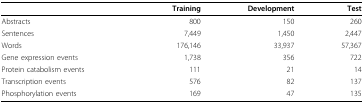
<table><thead><tr><td></td><td><b>Training</b></td><td><b>Development</b></td><td><b>Test</b></td></tr></thead><tbody><tr><td>Abstracts</td><td>800</td><td>150</td><td>260</td></tr><tr><td>Sentences</td><td>7,449</td><td>1,450</td><td>2,447</td></tr><tr><td>Words</td><td>176,146</td><td>33,937</td><td>57,367</td></tr><tr><td>Gene expression events</td><td>1,738</td><td>356</td><td>722</td></tr><tr><td>Protein catabolism events</td><td>111</td><td>21</td><td>14</td></tr><tr><td>Transcription events</td><td>576</td><td>82</td><td>137</td></tr><tr><td>Phosphorylation events</td><td>169</td><td>47</td><td>135</td></tr></tbody></table>